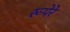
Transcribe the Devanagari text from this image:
रूपेरे